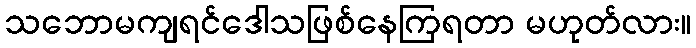
သဘောမကျရင်ဒေါသဖြစ်နေကြရတာ မဟုတ်လား။